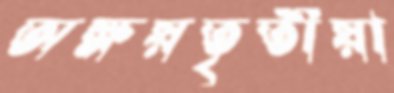
অক্ষয়তৃতীয়া